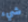
شيء